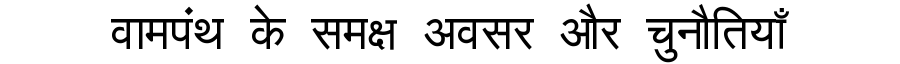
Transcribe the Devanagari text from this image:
वामपंथ के समक्ष अवसर और चुनौतियाँ